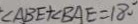
\angle A B E + \angle B A E = 1 8 0 ^ { \circ }